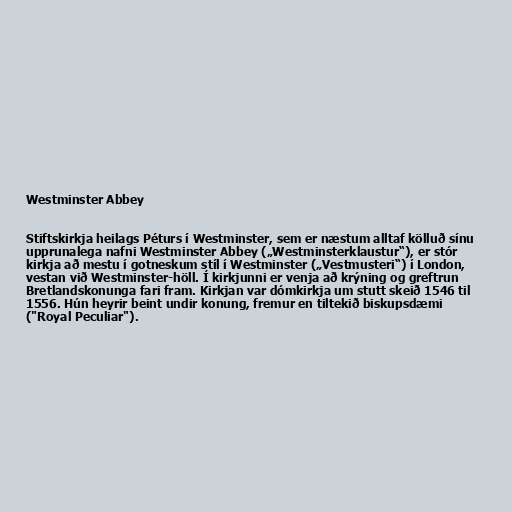
Westminster Abbey

Stiftskirkja heilags Péturs í Westminster, sem er næstum alltaf kölluð sínu
upprunalega nafni Westminster Abbey („Westminsterklaustur“), er stór
kirkja að mestu í gotneskum stíl í Westminster („Vestmusteri“) í London,
vestan við Westminster-höll. Í kirkjunni er venja að krýning og greftrun
Bretlandskonunga fari fram. Kirkjan var dómkirkja um stutt skeið 1546 til
1556. Hún heyrir beint undir konung, fremur en tiltekið biskupsdæmi
("Royal Peculiar").